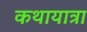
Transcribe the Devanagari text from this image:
कथायात्रा